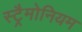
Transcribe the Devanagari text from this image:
स्ट्रैमोनियम